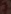
Text: 7